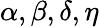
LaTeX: \alpha,\beta,\delta,\eta